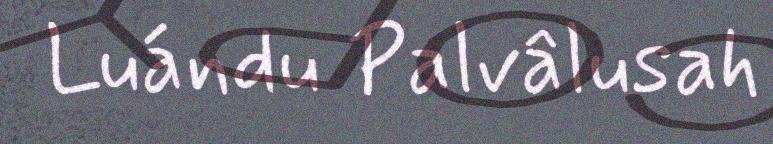
Luándu Palvâlusah